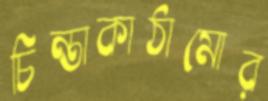
চিন্তাকাঠামোর